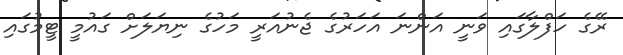
ރޭގެ ހަފްލާގައި ވަނީ އަންނަ އަހަރުގެ ޖެނުއަރީ މަހުގެ ނިޔަލަށް ގައުމީ ޓީމުގައި